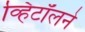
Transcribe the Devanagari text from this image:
व्हिटॉलने